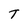
Character: T